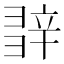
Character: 𨐕